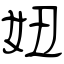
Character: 妞